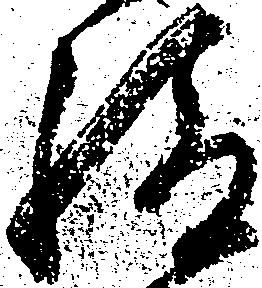
給